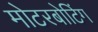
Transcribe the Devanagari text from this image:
मोटरबोटिंग